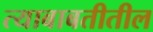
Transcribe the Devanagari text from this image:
त्‍याबाबतीतील